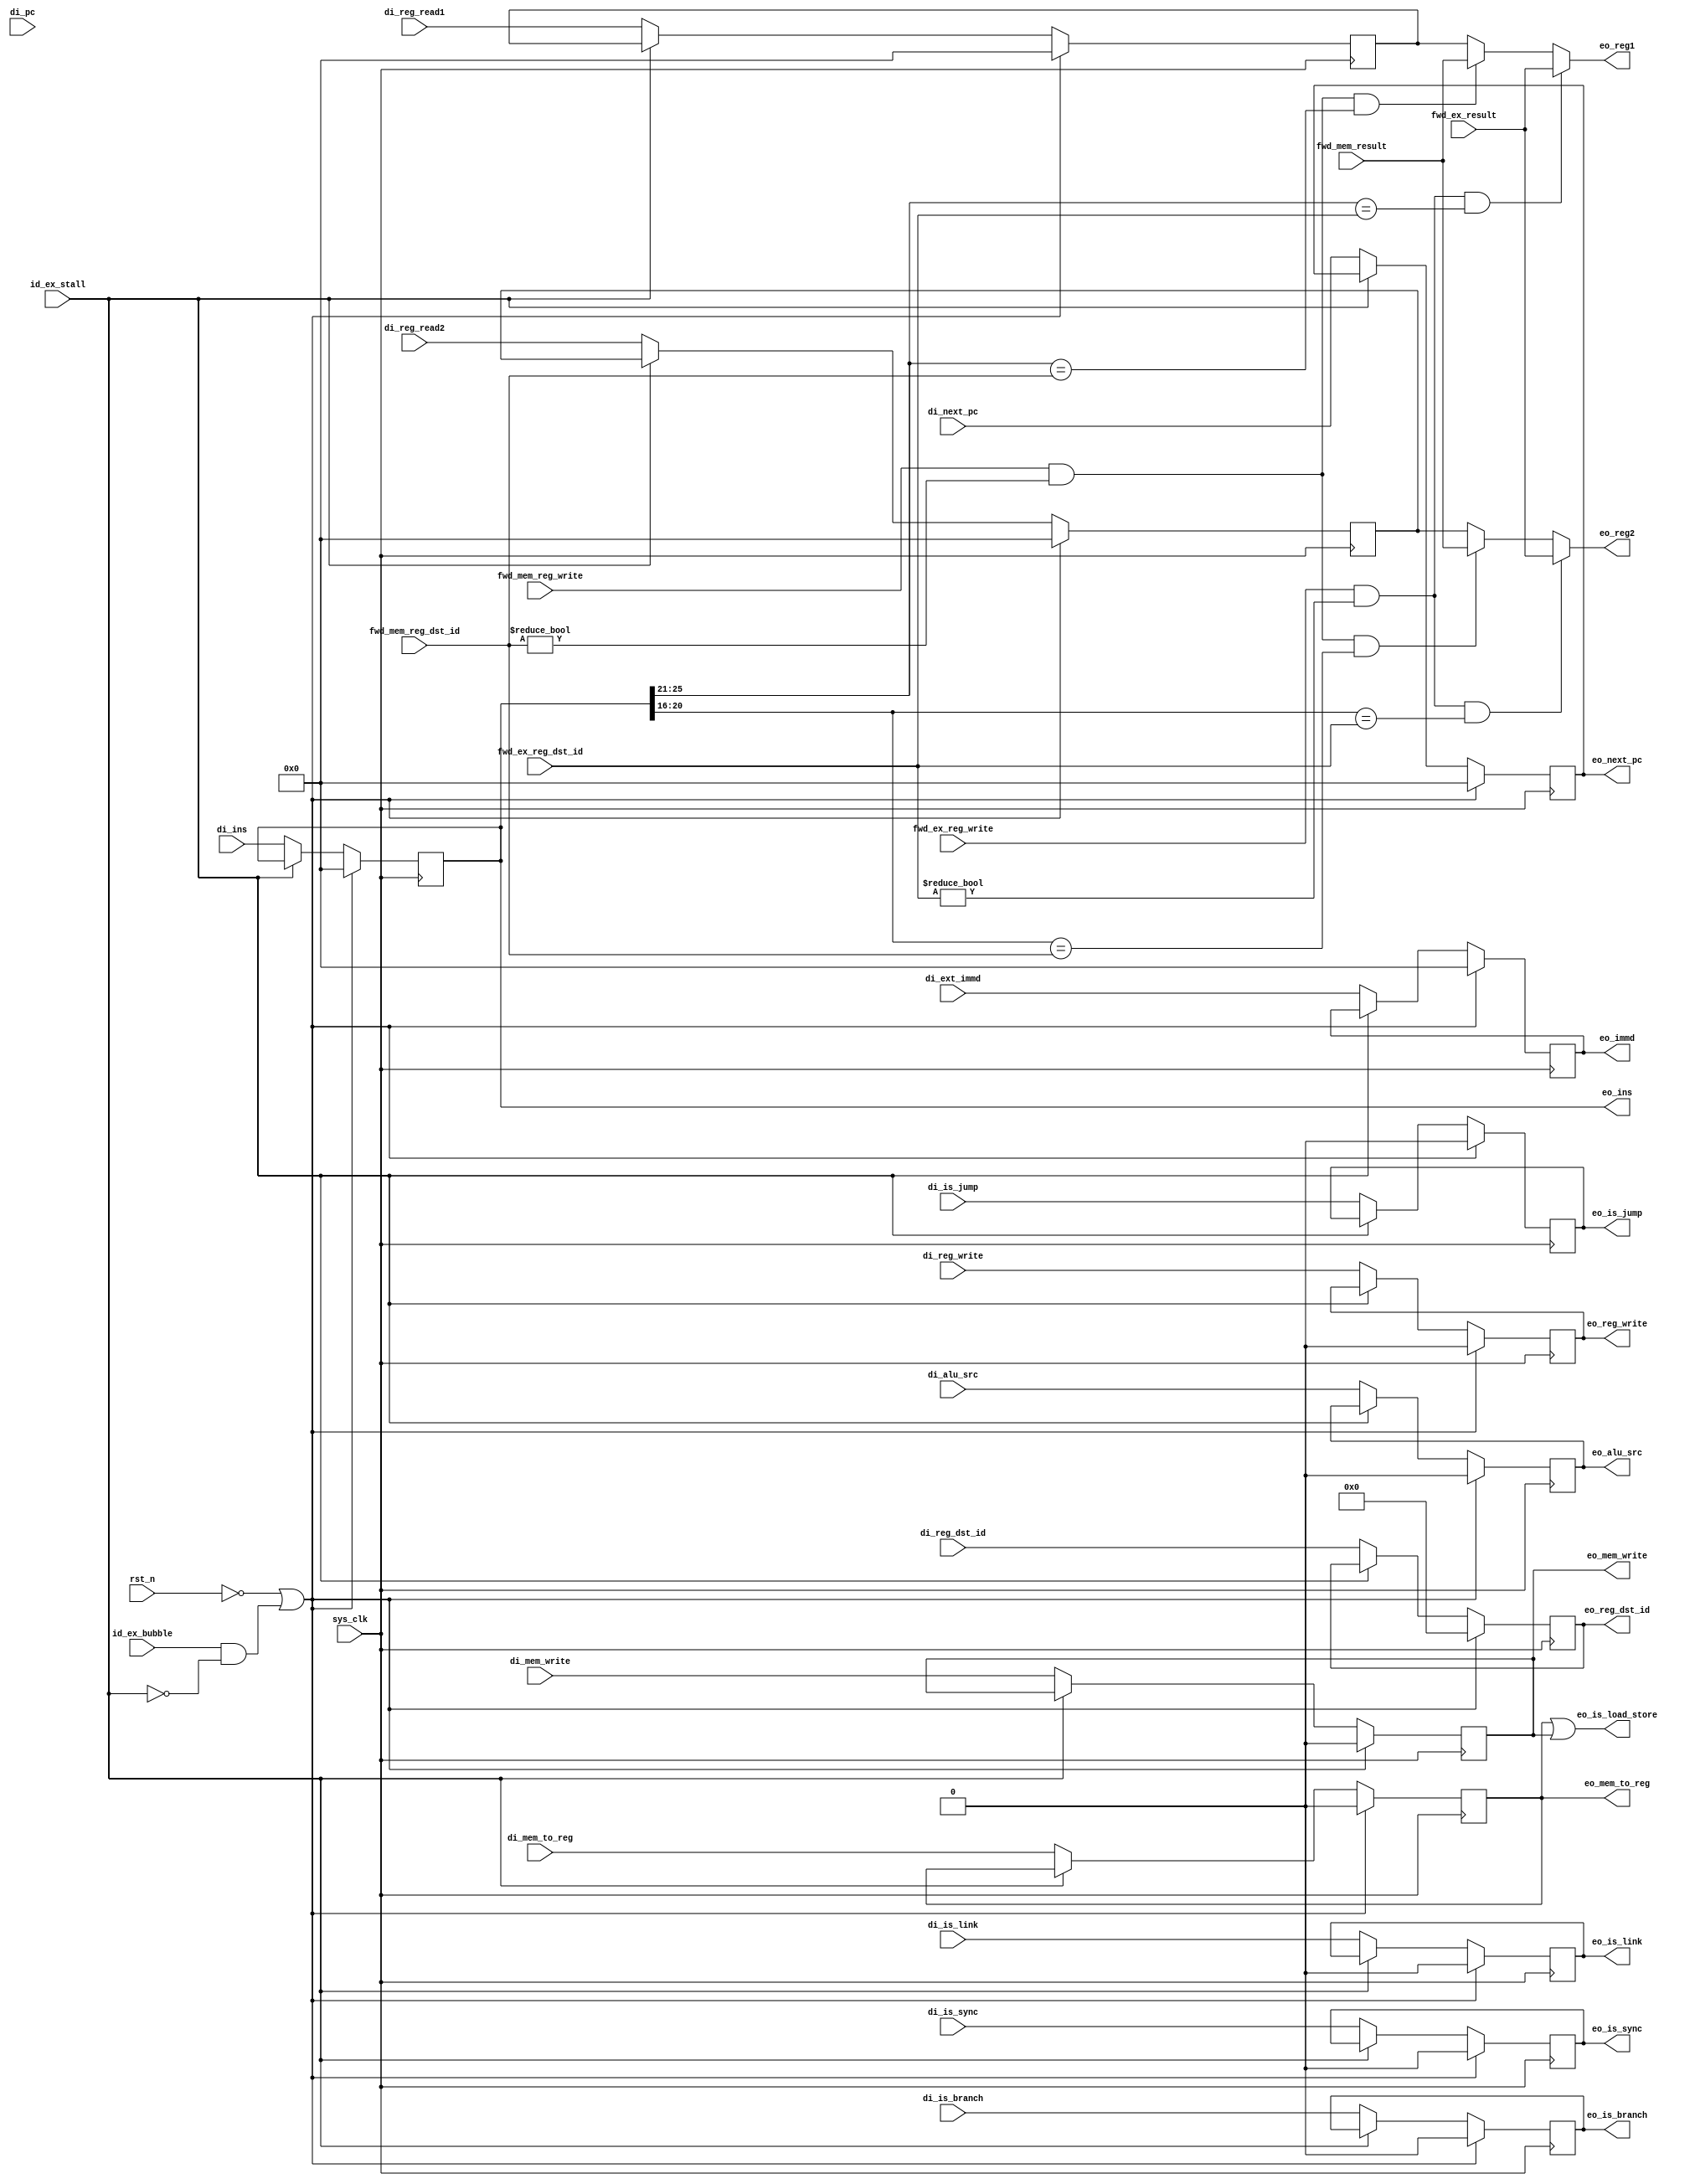
module id_ex(
    input sys_clk,
    input rst_n,
    // from stall controller
    input id_ex_stall,
    // from bubble controller
    input id_ex_bubble,

    // from idecoder
    input [31:0]    di_pc,
    input [31:0]    di_next_pc,
    input [31:0]    di_ins,
    input [31:0]    di_ext_immd,
    input           di_is_link,
    input           di_is_jump,
    input           di_is_branch,
    input           di_is_sync,
    input [31:0]    di_reg_read1,
    input [31:0]    di_reg_read2,

    // from idecoder-controller
    input           di_mem_to_reg,
    input           di_mem_write,
    input           di_alu_src,
    input           di_reg_write,
    input [4:0]     di_reg_dst_id,

    // to ex
    output [31:0]   eo_ins,
    output [31:0]   eo_reg1,
    output [31:0]   eo_reg2,
    output [31:0]   eo_immd,
    output [31:0]   eo_next_pc,
    output          eo_alu_src,
    output          eo_is_link,
    output          eo_is_jump,
    output          eo_is_branch,
    output          eo_is_load_store,

    // to mem,wb
    output          eo_mem_to_reg,
    output          eo_mem_write,
    output          eo_reg_write,
    output [4:0]    eo_reg_dst_id,
    output          eo_is_sync,

    // forwarding from ex/mem
    input           fwd_ex_reg_write,
    input [4:0]     fwd_ex_reg_dst_id,
    input [31:0]    fwd_ex_result,
    // forwarding from mem/wb
    input           fwd_mem_reg_write,
    input [4:0]     fwd_mem_reg_dst_id,
    input [31:0]    fwd_mem_result
);

    // from idecoder
    reg   [31:0]    reg_pc;
    reg   [31:0]    reg_next_pc;
    reg   [31:0]    reg_ins;
    reg   [31:0]    reg_ext_immd;
    reg             reg_is_sync;
    reg             reg_is_link;
    reg             reg_is_jump;
    reg             reg_is_branch;
    reg   [31:0]    reg_reg_read1;
    reg   [31:0]    reg_reg_read2;
    // from controller
    reg             reg_mem_to_reg;
    reg             reg_mem_write;
    reg             reg_alu_src;
    reg             reg_reg_write;
    reg   [4:0]     reg_reg_dst_id;


    always @(posedge sys_clk) begin
        if (!rst_n || (id_ex_bubble && !id_ex_stall)) begin
            reg_pc <= 0;
            reg_next_pc <= 0;
            reg_ins <= 0;
            reg_ext_immd <= 0;
            reg_is_sync <= 0;
            reg_is_link <= 0;
            reg_is_jump <= 0;
            reg_is_branch <= 0;
            reg_reg_read1 <= 0;
            reg_reg_read2 <= 0;
            reg_mem_to_reg <= 0;
            reg_mem_write <= 0;
            reg_alu_src <= 0;
            reg_reg_write <= 0;
            reg_reg_dst_id <= 0;
        end else begin
            if (id_ex_stall) begin 
                reg_pc          <= reg_pc        ;
                reg_next_pc     <= reg_next_pc   ;
                reg_ins         <= reg_ins       ;
                reg_ext_immd    <= reg_ext_immd  ;
                reg_is_sync     <= reg_is_sync   ;
                reg_is_link     <= reg_is_link   ;
                reg_is_jump     <= reg_is_jump   ;
                reg_is_branch   <= reg_is_branch ;
                reg_reg_read1   <= reg_reg_read1 ;
                reg_reg_read2   <= reg_reg_read2 ;
                reg_mem_to_reg  <= reg_mem_to_reg;
                reg_mem_write   <= reg_mem_write ;
                reg_alu_src     <= reg_alu_src   ;
                reg_reg_write   <= reg_reg_write ;
                reg_reg_dst_id  <= reg_reg_dst_id;
            end else begin
                reg_pc          <= di_pc;
                reg_next_pc     <= di_next_pc;
                reg_ins         <= di_ins;
                reg_ext_immd    <= di_ext_immd;
                reg_is_sync     <= di_is_sync;
                reg_is_link     <= di_is_link;
                reg_is_jump     <= di_is_jump   ;
                reg_is_branch   <= di_is_branch ;
                reg_reg_read1   <= di_reg_read1;
                reg_reg_read2   <= di_reg_read2;
                reg_mem_to_reg  <= di_mem_to_reg;
                reg_mem_write   <= di_mem_write;
                reg_alu_src     <= di_alu_src;
                reg_reg_write   <= di_reg_write;
                reg_reg_dst_id  <= di_reg_dst_id;
            end
        end
    end

    // to execute
    assign eo_ins    = reg_ins;
    assign eo_reg1   = forward_a_ex ? fwd_ex_result : { forward_a_mem ? fwd_mem_result : reg_reg_read1};
    assign eo_reg2   = forward_b_ex ? fwd_ex_result : { forward_b_mem ? fwd_mem_result : reg_reg_read2};
    assign eo_immd   = reg_ext_immd;
    // assign eo_pc     = reg_pc;
    assign eo_next_pc     = reg_next_pc;
    assign eo_is_link = reg_is_link;
    assign eo_is_jump = reg_is_jump;
    assign eo_is_branch = reg_is_branch;
    assign eo_is_load_store = reg_mem_to_reg || reg_mem_write; // lw, sw

    // to mem/wb
    assign eo_mem_to_reg    = reg_mem_to_reg;
    assign eo_mem_write     = reg_mem_write ;
    assign eo_alu_src       = reg_alu_src   ;
    assign eo_reg_write     = reg_reg_write ;
    assign eo_reg_dst_id    = reg_reg_dst_id;
    assign eo_is_sync       = reg_is_sync   ;

    // forwarding logic
    wire [4:0] rs_id = reg_ins[25:21];
    wire forward_a_ex = fwd_ex_reg_write 
                            && fwd_ex_reg_dst_id != 5'b0 
                            && rs_id == fwd_ex_reg_dst_id;

    wire forward_a_mem = fwd_mem_reg_write
                            && fwd_mem_reg_dst_id != 5'b0
                            && rs_id == fwd_mem_reg_dst_id;

    wire [4:0] rt_id = reg_ins[20:16];
    wire forward_b_ex = fwd_ex_reg_write 
                            && fwd_ex_reg_dst_id != 5'b0 
                            && rt_id == fwd_ex_reg_dst_id;

    wire forward_b_mem = fwd_mem_reg_write
                            && fwd_mem_reg_dst_id != 5'b0
                            && rt_id == fwd_mem_reg_dst_id;

endmodule